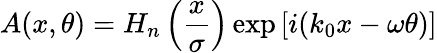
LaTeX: A(x,\theta)=H_{n}\left(\frac{x}{\sigma}\right)\exp\left[i(k_{0}x-\omega\theta)\right]